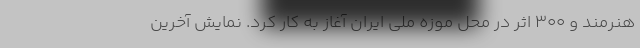
هنرمند و ۳۰۰ اثر در محل موزه ملی ایران آغاز به کار کرد. نمایش آخرین